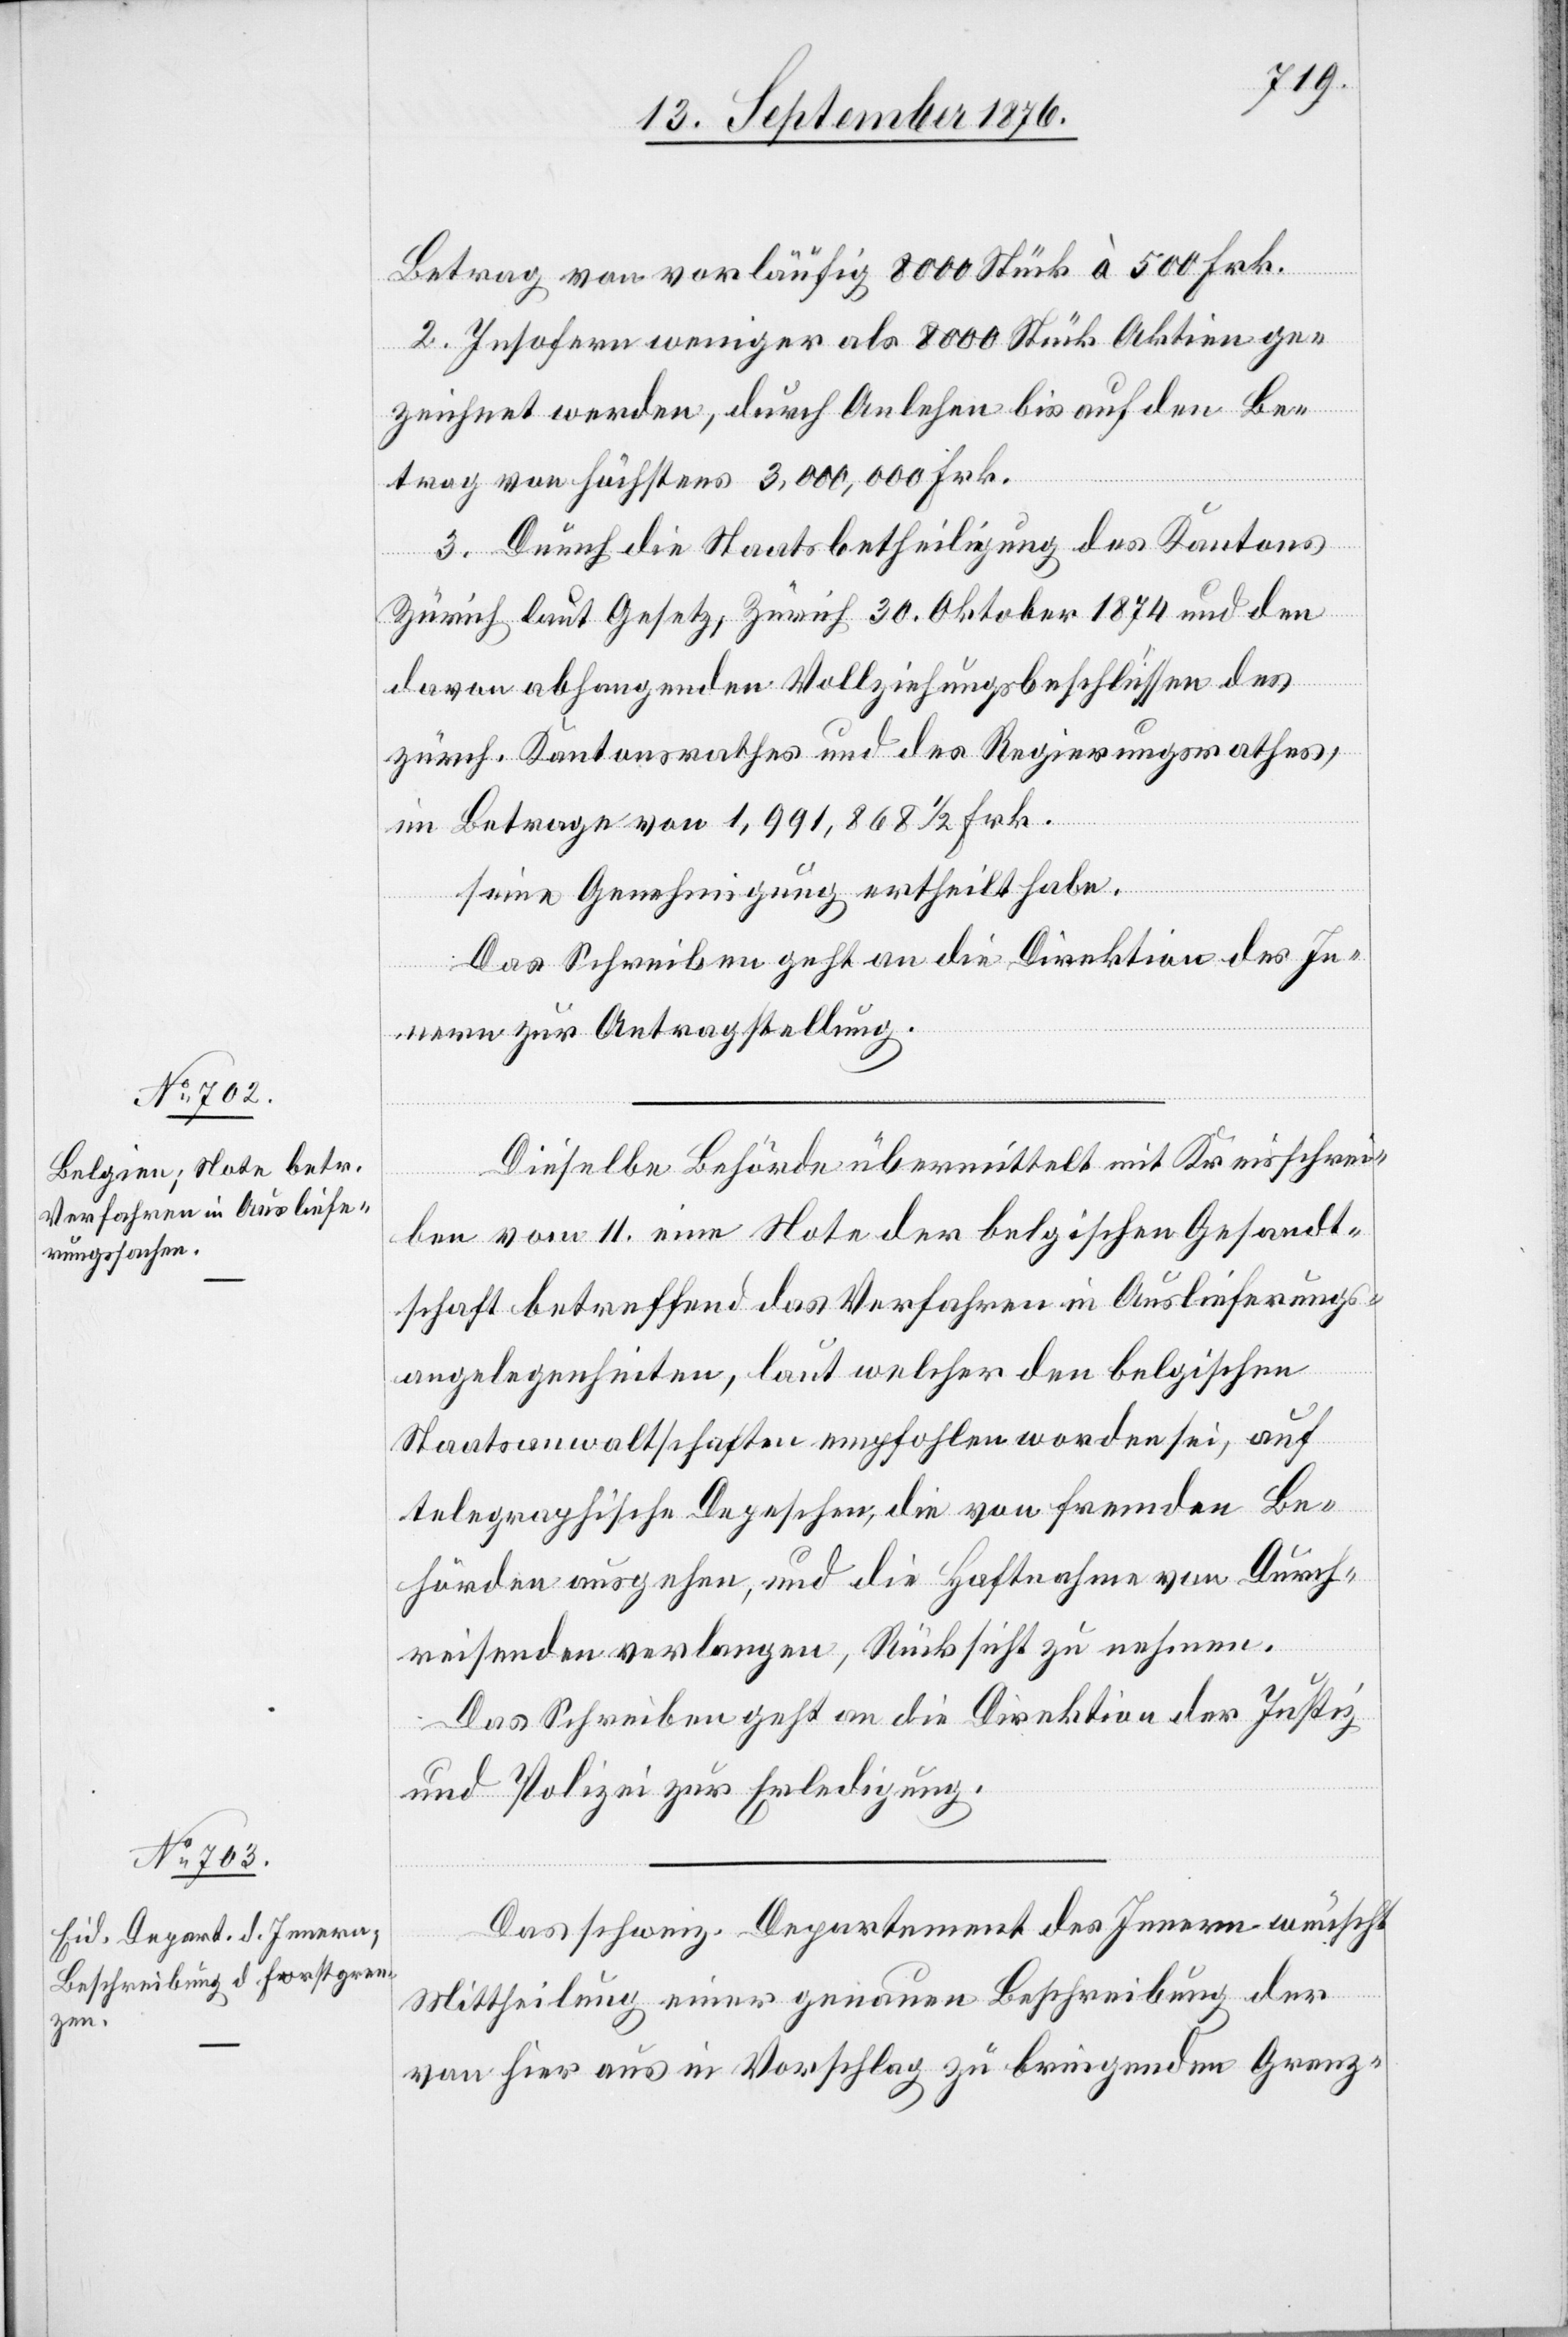
14. September 1876.]
Betrag von vorläufig 8000 Stück à 500 Frk.
2. Insofern weniger als 8000 Stück Aktien ge¬
zeichnet werden, durch Anlehen bis auf den Be¬
trag von höchstens 3,000,000 Frk.
3. Durch die Staatsbetheiligung des Kantons
Zürich laut Gesetz, Zürich 30. Oktober 1874 und den
davon abhangenden Vollziehungsbeschlüssen des
zürch. Kantonsrathes und des Regierungsrathes,
im Betrage von 1,991,868 1/2 Frk.
seine Genehmigung ertheilt habe.
Das Schreiben geht an die Direktion des In¬
nern zur Antragstellung.
Dieselbe Behörde übermittelt mit Kreisschrei¬
ben vom 11. eine Note der belgischen Gesandt¬
schaft betreffend Verfahren in Auslieferungs¬
angelegenheiten, laut welcher den belgischen
Staatsanwaltschaften empfohlen worden sei, auf
telegraphische Depeschen, die von fremden Be¬
hörden ausgehen, und die Haftnahme von Durch¬
reisenden verlangen, Rücksicht zu nehmen.
Das Schreiben geht an die Direktion der Justiz
und Polizei zur Erledigung.
Das schweiz. Departement des Innern wünscht
Mittheilung einer genauen Beschreibung
von hier aus in Vorschlag zu bringenden Grenz-